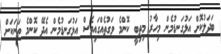
ބަދަލުކޮށް އަޅުގަނޑުމެން މިހާރު މިތިބީ ކޮންމެ ވަގުތެއްގައިވެސް އަޅުގަނޑުމެން އެދޭ ކޮންމެ ތަނަކަށް